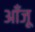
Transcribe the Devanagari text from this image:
आँजू